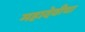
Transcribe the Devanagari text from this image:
महादेवीचा